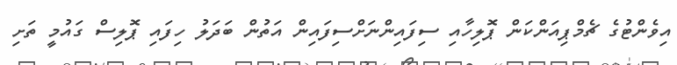
އިވެންޓުގެ ޗެމްޕިއަންކަން ޕޮލިހާއި ސިފައިންނަށްސިފައިން އަތުން ބަދަލު ހިފައި ޕޮލިސް ގައުމީ ތަށި